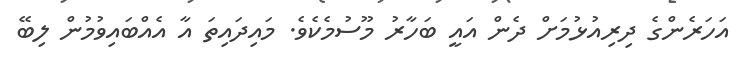
އަހަރެންގެ ދިރިއުޅުމަށް ދެން އައީ ބަހާރު މޫސުމެކެވެ. މައިދައިތަ އާ އެއްބައިވުމުން ލިބޭ